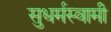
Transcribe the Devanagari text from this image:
सुधर्मस्वामी